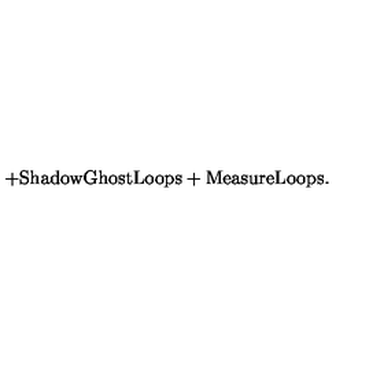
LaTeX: + \mathrm { S h a d o w G h o s t L o o p s } + \mathrm { M e a s u r e L o o p s } .